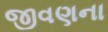
જીવણના